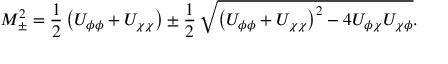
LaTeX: M _ { \pm } ^ { 2 } = \frac { 1 } { 2 } \left( U _ { \phi \phi } + U _ { \chi \chi } \right) \pm \frac { 1 } { 2 } \, \sqrt { \left( U _ { \phi \phi } + U _ { \chi \chi } \right) ^ { 2 } - 4 U _ { \phi \chi } U _ { \chi \phi } } .